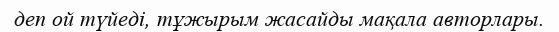
деп ой түйеді, тұжырым жасайды мақала авторлары.